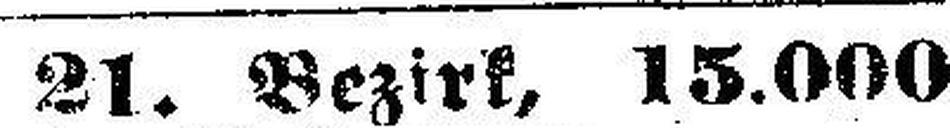
21. Bezirk, 15.000